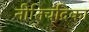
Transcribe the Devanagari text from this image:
नीतिचंद्रिका